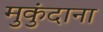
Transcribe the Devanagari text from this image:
मुकुंदाना